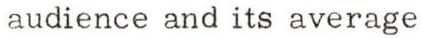
audience and its average